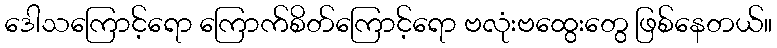
ဒေါသကြောင့်ရော ကြောက်စိတ်ကြောင့်ရော ဗလုံးဗထွေးတွေ ဖြစ်နေတယ်။